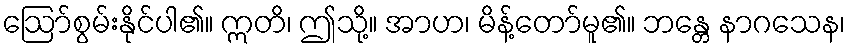
ဩော်စွမ်းနိုင်ပါ၏။ ဣတိ၊ ဤသို့။ အာဟ၊ မိန့်တော်မူ၏။ ဘန္တေ နာဂသေန၊